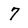
Character: 7